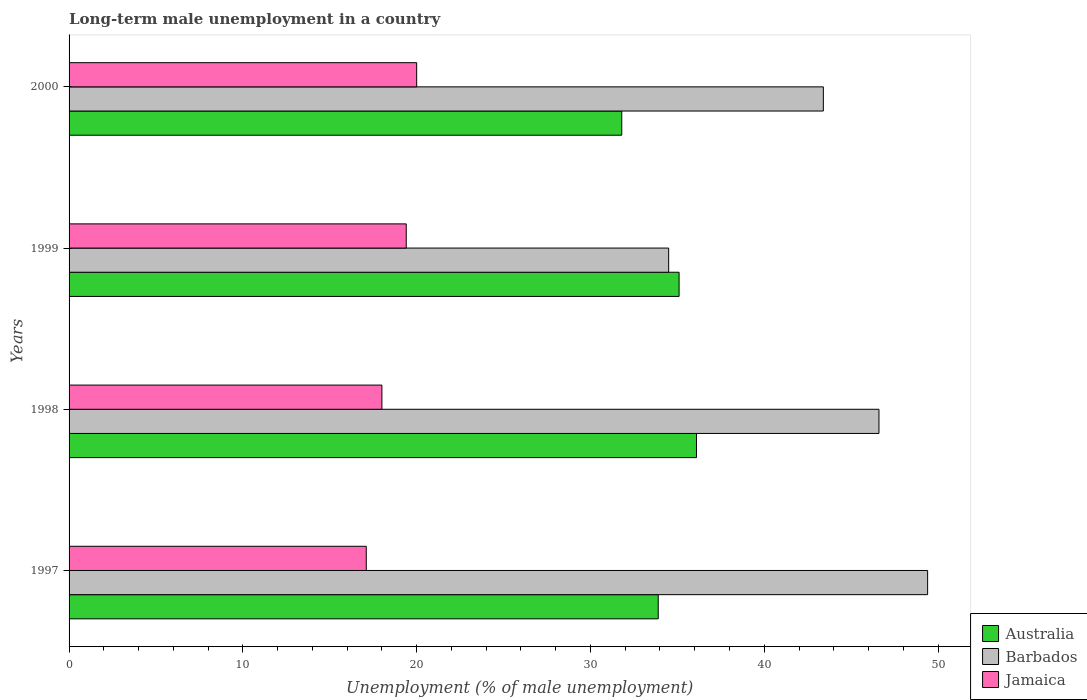
| Years | Australia | Barbados | Jamaica |
 | --- | --- | --- | --- |
 | 1997 | 33.9 | 49.4 | 17.1 |
 | 1998 | 36.1 | 46.6 | 18 |
 | 1999 | 35.1 | 34.5 | 19.4 |
 | 2000 | 31.8 | 43.4 | 20 |